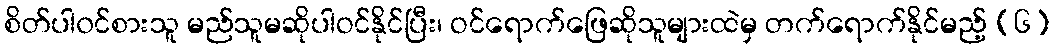
စိတ်ပါ၀င်စားသူ မည်သူမဆိုပါဝင်နိုင်ပြီး၊ ဝင်ရောက်ဖြေဆိုသူများထဲမှ တက်ရောက်နိုင်မည့် (၆)